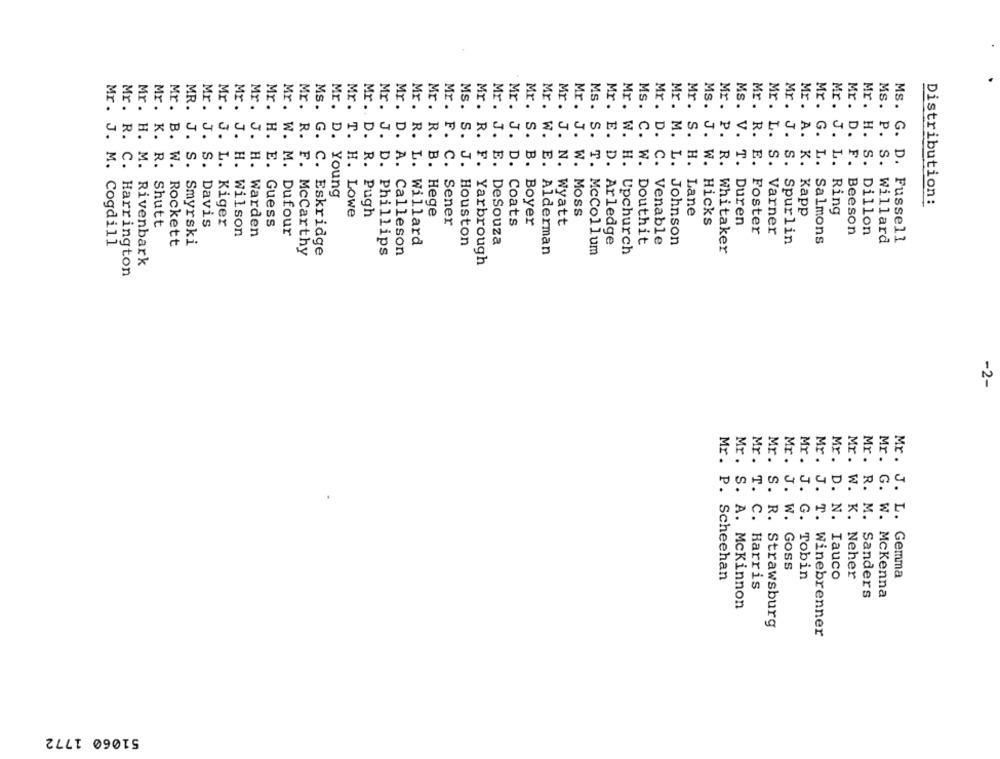
Mr.
Mr .
Mr .
Mr .
Mr .
Mr .
Mr .
MS.
Mr .
Mr.
Ms.
Mr.
Mr .
Mr .
Mr.
Mr.
Mr.
Mr.
Mr.
Ms.
Mr.
Mr .
Mr .
Mr .
Mr.
Ms.
Mr .
Mr .
Mr .
Mr.
Ms.
Mr. B.
MR. J.
Mr. J.
D.
R.
S.
Mr. S.
J.
J.
Mr. D.
J.
Mr. P.
Mr. L.
Mr. J.
Mr. A.
Mr. G.
D.
Mr. H.
Mr. K.
R.
Mr. D.
T.
D.
F.
J.
J.
Mr. W.
S.
Mr. R.
J.
Ms. P.
3
:
S.
W. M.
D.
S.
L.
Mr. J. M.
R.
L.
L.
0
Distribution:
Mr. T. H. Lowe
Mr .. D. R. Pugh
B. Hege
Mr. A. K. Kapp
L. Ring
Mr. F. C. Sener
B. Boyer
W. Hicks
T. Duren
K. R. Shutt
S. Davis
Mr. H. E. Guess
D. Coats
Mr. J. H. Warden
Dufour
E. Foster
S. Varner
F. Beeson
Cogdill
Rockett
Smyrski
Willard
S. J. Houston
E. DeSouza
W. Douthit
C. Venable
L. Johnson
Spurlin
Salmons
S. Willard
Ms. G. D. Fussell
Mr. R. F. Mccarthy
C. Eskridge
Mr. D. A. Calleson
Mr. W. E. Alderman
Ms. S. T. Mccollum
Mr. W. H. Upchurch
R. Whitaker
Mr. J. D. Phillips
Mr. H. M. Rivenbark
F. Yarbrough
R. C. Harrington
-2-
Mr .
Mr.
Mr.
Mr .
Mr .
Mr .
Mr .
Mr.
J.
Mr. D.
J.
W.
N.
R. M.
T. C.
S. R.
J. G.
T.
Mr. G. W.
W. Goss
Mr. P. Scheehan
Tobin
Iauco
K. Neher
Mr. J. L. Gemma
Harris
M. Sanders
S. A. Mckinnon
Strawsburg
J. T. Winebrenner
51060 1772